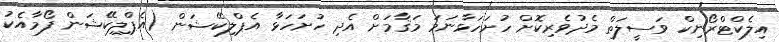
އިލެކްޓްރޯނިކް ވަސީލަތް މެދުވެރިކޮށް ހުށަހަޅާނަމަ މަޤާމަށް އެދި ހުށަހަޅާ އެޕްލިކޭޝަން (އެޕްލިކޭޝަން ފޯމާއެކު